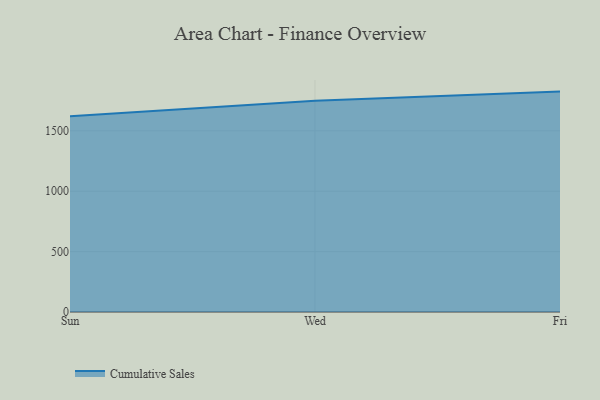
{"axis": {"x": "Day", "y": "Shipments"}, "legend": ["Cumulative Sales"], "data": [{"x": "Sun", "y": 1620.8, "type": "Cumulative Sales"}, {"x": "Wed", "y": 1749.7, "type": "Cumulative Sales"}, {"x": "Fri", "y": 1824.7, "type": "Cumulative Sales"}]}